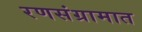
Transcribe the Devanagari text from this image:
रणसंग्रामात